Indian journal of veterinary science and animal husbandry - Volumes 22-23, 1952-1953
Year: 1952
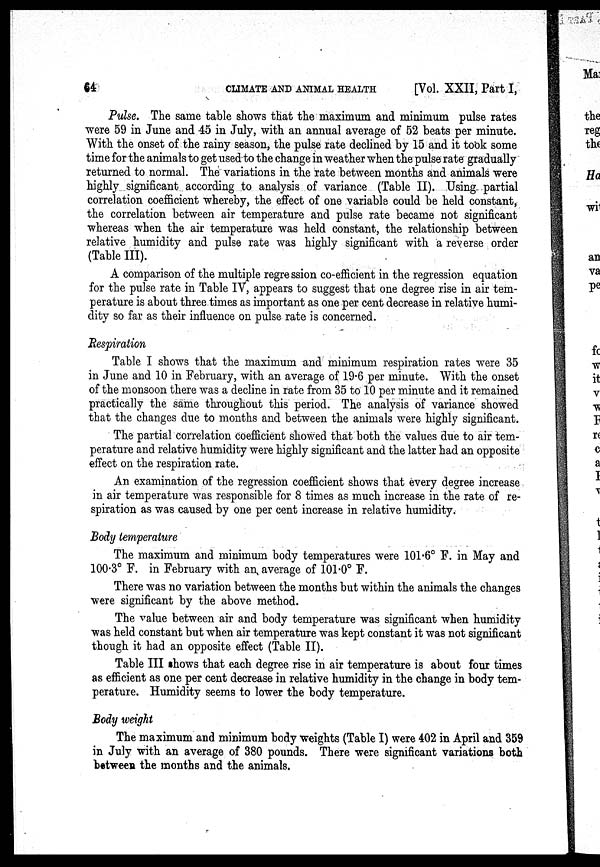
64
CLIMATE AND ANIMAL HEALTH
[Vol. XXII, Part I,
Pulse. The same table shows that the maximum and minimum pulse rates
were 59 in June and 45 in July, with an annual average of 52 beats per minute.
"With the onset of the rainy season, the pulse rate declined by 15 and it took some
time for the animals to get used to the change in weather when the pulse rate gradually
returned to normal. The variations in the rate between months and animals were
highly significant according to analysis of variance (Table II). Using partial
correlation coefficient whereby, the effect of one variable could be held constant,
the correlation between air temperature and pulse rate became not significant
whereas when the air temperature was held constant, the relationship between
relative humidity and pulse rate was highly significant with a reverse order
(Table III).
A comparison of the multiple regression co-efficient in the regression equation
for the pulse rate in Table IV, appears to suggest that one degree rise in air tem-
perature is about three times as important as one per cent decrease in relative humi-
dity so far as their influence on pulse rate is concerned.
Respiration
Table I shows that the maximum and minimum respiration rates were 35
in June and 10 in February, with an average of 19.6 per minute. With the onset
of the monsoon there was a decline in rate from 35 to 10 per minute and it remained
practically the same throughout this period. The analysis of variance showed
that the changes due to months and between the animals were highly significant.
The partial correlation coefficient showed that both the values due to air tem-
perature and relative humidity were highly significant and the latter had an opposite
effect on the respiration rate.
An examination of the regression coefficient shows that every degree increase
in air temperature was responsible for 8 times as much increase in the rate of re-
spiration as was caused by one per cent increase in relative humidity.
Body temperature
The maximum and minimum body temperatures were 101.6° F. in May and
100.3° F. in February with an average of 101.0° F.
There was no variation between the months but within the animals the changes
were significant by the above method.
The value between air and body temperature was significant when humidity
was held constant but when air temperature was kept constant it was not significant
though it had an opposite effect (Table II).
Table III shows that each degree rise in air temperature is about four times
as efficient as one per cent decrease in relative humidity in the change in body tem-
perature. Humidity seems to lower the body temperature.
Body weight
The maximum and minimum body weights (Table I) were 402 in April and 359
in July with an average of 380 pounds. There were significant variations both
between the months and the animals.